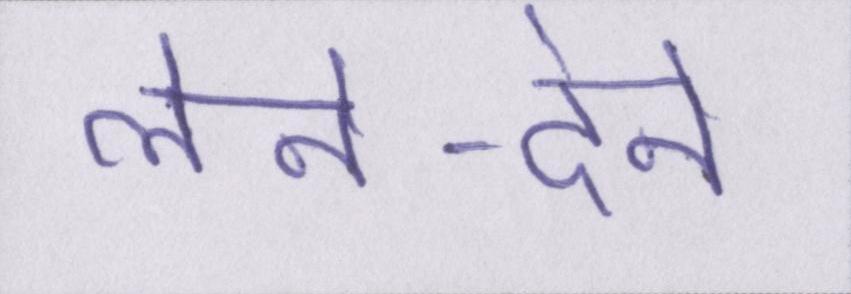
लेने-देने